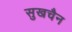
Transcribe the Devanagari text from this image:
सुखचैन